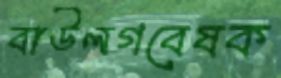
বাউলগবেষক